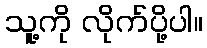
သူ့ကို လိုက်ပို့ပါ။